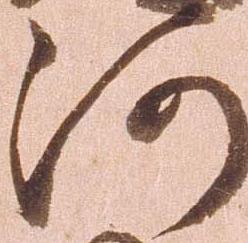
河